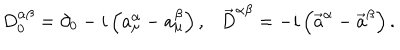
D _ { 0 } ^ { \alpha \beta } = \partial _ { 0 } - i \left( a _ { \mu } ^ { \alpha } - a _ { \mu } ^ { \beta } \right) , \vec { D } ^ { \alpha \beta } = - i \left( \vec { a } ^ { \alpha } - \vec { a } ^ { \beta } \right) .